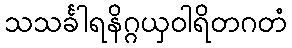
သသင်္ခါရနိဂ္ဂယှဝါရိတဂတံ